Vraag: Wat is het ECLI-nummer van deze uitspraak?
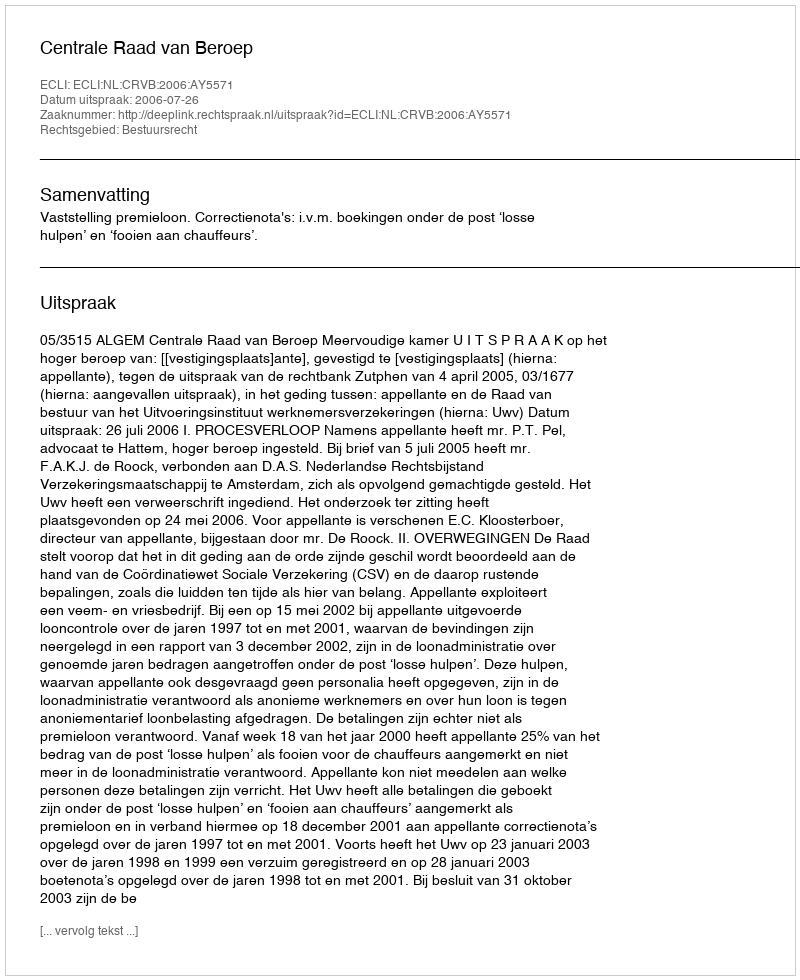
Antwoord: ECLI:NL:CRVB:2006:AY5571